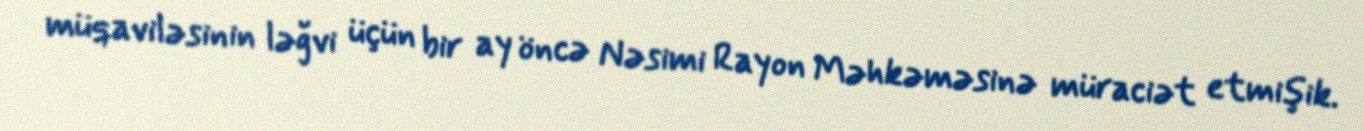
müqaviləsinin ləğvi üçün bir ay öncə Nəsimi Rayon Məhkəməsinə müraciət etmişik.